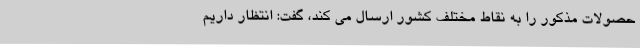
حصولات مذکور را به نقاط مختلف کشور ارسال می کند، گفت: انتظار داریم